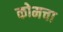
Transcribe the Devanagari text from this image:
कोमचा